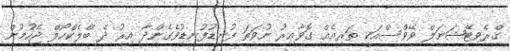
ގްރެވިޓޭޝަނަލް ވޭވްސްއަކީ ތަރިއެއް ގޮވާއިރު ނުވަތަ ފުނޑުފުނޑުވެގެންދާ އިރު ދެ ބްލެކްހޯލް ޖެހުމުން